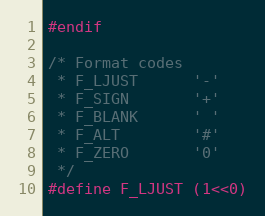
Language: C
#endif

/* Format codes
 * F_LJUST      '-'
 * F_SIGN       '+'
 * F_BLANK      ' '
 * F_ALT        '#'
 * F_ZERO       '0'
 */
#define F_LJUST (1<<0)